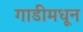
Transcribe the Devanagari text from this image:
गाडीमधून